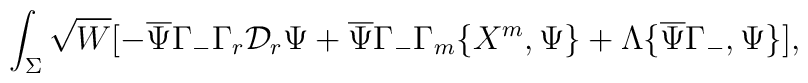
\int_{\Sigma} \sqrt{W} [- \overline{\Psi}\Gamma_{-} \Gamma_{r}\mathcal{D}_{r}\Psi + \overline{\Psi}\Gamma_{-} \Gamma_{m}\{X^{m},\Psi\} + \Lambda \{ \overline{\Psi}\Gamma_{-},\Psi\}],